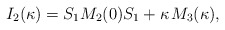
\begin{align*}I_2(\kappa)=S_1M_2(0)S_1+\kappa\;\!M_3(\kappa),\end{align*}